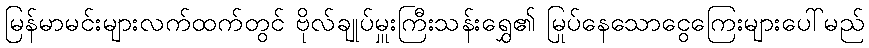
မြန်မာမင်းများလက်ထက်တွင် ဗိုလ်ချုပ်မှူးကြီးသန်းရွှေ၏ မြုပ်နေသောငွေကြေးများပေါ်မည်